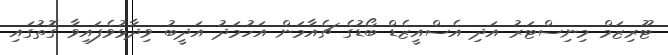
ޓޫރިޒަމް މިނިސްޓަރު އަދި އެސްއީޒެޑް ބޯޑުގެ ޗެއާމަން އަހުމަދު އަދީބު ވިދާޅުވެފައިވާ ގޮތުގައި